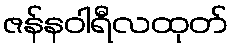
ဇန်နဝါရီလထုတ်